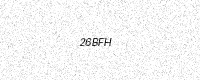
Text: 26BFH